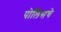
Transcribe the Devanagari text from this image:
पोलिसचे